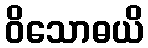
ဝိသောဓယိ